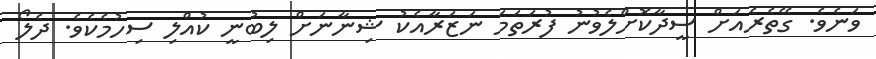
ވަނެވެ. ގޭތެރެއަށް ސީދާކޮށްލެވުނު ފުރަތަމަ ނަޒަރާއެކު ޝިނާނަށް ލިބުނީ ކުއްލި ސިހުމެކެވެ. ދެލޯ